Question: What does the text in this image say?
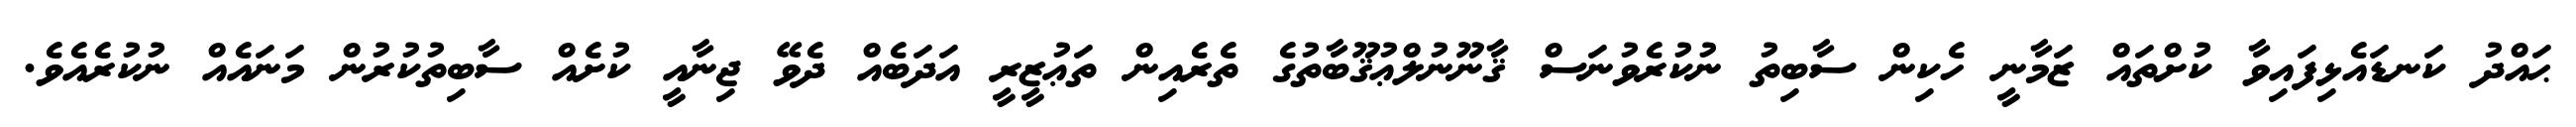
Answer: ޙައްދު ކަނޑައެޅިފައިވާ ކުށްތައް ޒަމާނީ ހެކިން ސާބިތު ނުކުރެވުނަސް ޤާނޫނުލްޢުޤޫބާތުގެ ތެރެއިން ތަޢުޒީރީ އަދަބެއް ދެވޭ ޖިނާއީ ކުށެއް ސާބިތުކުރުން މަނައެއް ނުކުރެއެވެ.